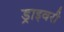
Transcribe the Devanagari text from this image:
ड्राइवरी